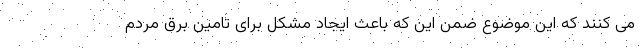
می کنند که این موضوع ضمن این که باعث ایجاد مشکل برای تامین برق مردم